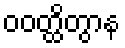
ဝဝတ္ထိတွာန